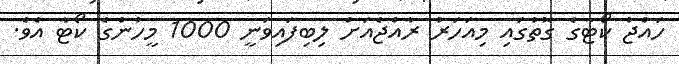
ހައްޖު ކޯޓާގެ ގޮތުގައި މިއަހަރު ރާއްޖެއަށް ލިބިފައިވަނީ 1000 މީހުންގެ ކޯޓާ އެވެ.